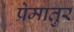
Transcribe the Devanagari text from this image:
प्रेमातुर